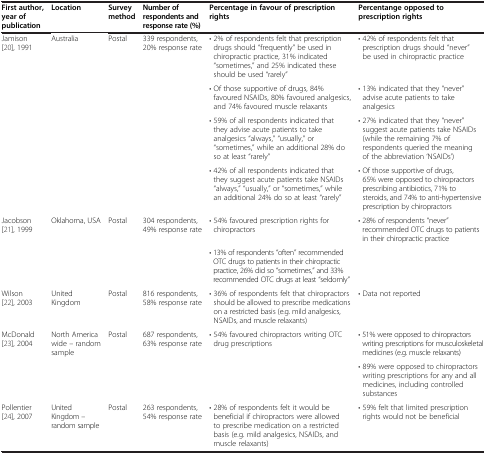
<table><thead><tr><td><b>First author, year of publication</b></td><td><b>Location</b></td><td><b>Survey method</b></td><td><b>Number of respondents and response rate (%)</b></td><td><b>Percentage in favour of prescription rights</b></td><td><b>Percentange opposed to prescription rights</b></td></tr></thead><tbody><tr><td rowspan="4">Jamison [20], 1991</td><td rowspan="4">Australia</td><td rowspan="4">Postal</td><td rowspan="4">339 respondents, 20% response rate</td><td>• 2% of respondents felt that prescription drugs should “frequently” be used in chiropractic practice, 31% indicated “sometimes,” and 25% indicated these should be used “rarely”</td><td>• 42% of respondents felt that prescription drugs should “never” be used in chiropractic practice</td></tr><tr><td>• Of those supportive of drugs, 84% favoured NSAIDs, 80% favoured analgesics, and 74% favoured muscle relaxants</td><td>• 13% indicated that they “never” advise acute patients to take analgesics</td></tr><tr><td>• 59% of all respondents indicated that they advise acute patients to take analgesics “always,” “usually,” or “sometimes,” while an additional 28% do so at least “rarely”</td><td>• 27% indicated that they “never” suggest acute patients take NSAIDs (while the remaining 7% of respondents queried the meaning of the abbreviation ‘NSAIDs’)</td></tr><tr><td>• 42% of all respondents indicated that they suggest acute patients take NSAIDs “always,” “usually,” or “sometimes,” while an additional 24% do so at least “rarely”</td><td>• Of those supportive of drugs, 65% were opposed to chiropractors prescribing antibiotics, 71% to steroids, and 74% to anti-hypertensive prescription by chiropractors</td></tr><tr><td rowspan="2">Jacobson [21], 1999</td><td rowspan="2">Oklahoma, USA</td><td rowspan="2">Postal</td><td rowspan="2">304 respondents, 49% response rate</td><td>• 54% favoured prescription rights for chiropractors</td><td>• 28% of respondents “never” recommended OTC drugs to patients in their chiropractic practice</td></tr><tr><td>• 13% of respondents “often” recommended OTC drugs to patients in their chiropractic practice, 26% did so “sometimes,” and 33% recommended OTC drugs at least “seldomly”</td><td></td></tr><tr><td>Wilson [22], 2003</td><td>United Kingdom</td><td>Postal</td><td>816 respondents, 58% response rate</td><td>• 36% of respondents felt that chiropractors should be allowed to prescribe medications on a restricted basis (e.g. mild analgesics, NSAIDs, and muscle relaxants)</td><td>• Data not reported</td></tr><tr><td rowspan="2">McDonald [23], 2004</td><td rowspan="2">North America wide – random sample</td><td rowspan="2">Postal</td><td rowspan="2">687 respondents, 63% response rate</td><td rowspan="2">• 54% favoured chiropractors writing OTC drug prescriptions</td><td>• 51% were opposed to chiropractors writing prescriptions for musculoskeletal medicines (e.g. muscle relaxants)</td></tr><tr><td>• 89% were opposed to chiropractors writing prescriptions for any and all medicines, including controlled substances</td></tr><tr><td>Pollentier [24], 2007</td><td>United Kingdom – random sample</td><td>Postal</td><td>263 respondents, 54% response rate</td><td>• 28% of respondents felt it would be beneficial if chiropractors were allowed to prescribe medication on a restricted basis (e.g. mild analgesics, NSAIDs, and muscle relaxants)</td><td>• 59% felt that limited prescription rights would not be beneficial</td></tr></tbody></table>